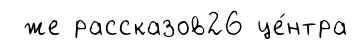
же рассказов26 це́нтра